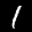
Label: 1